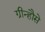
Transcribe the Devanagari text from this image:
ग्रीन्हौसे